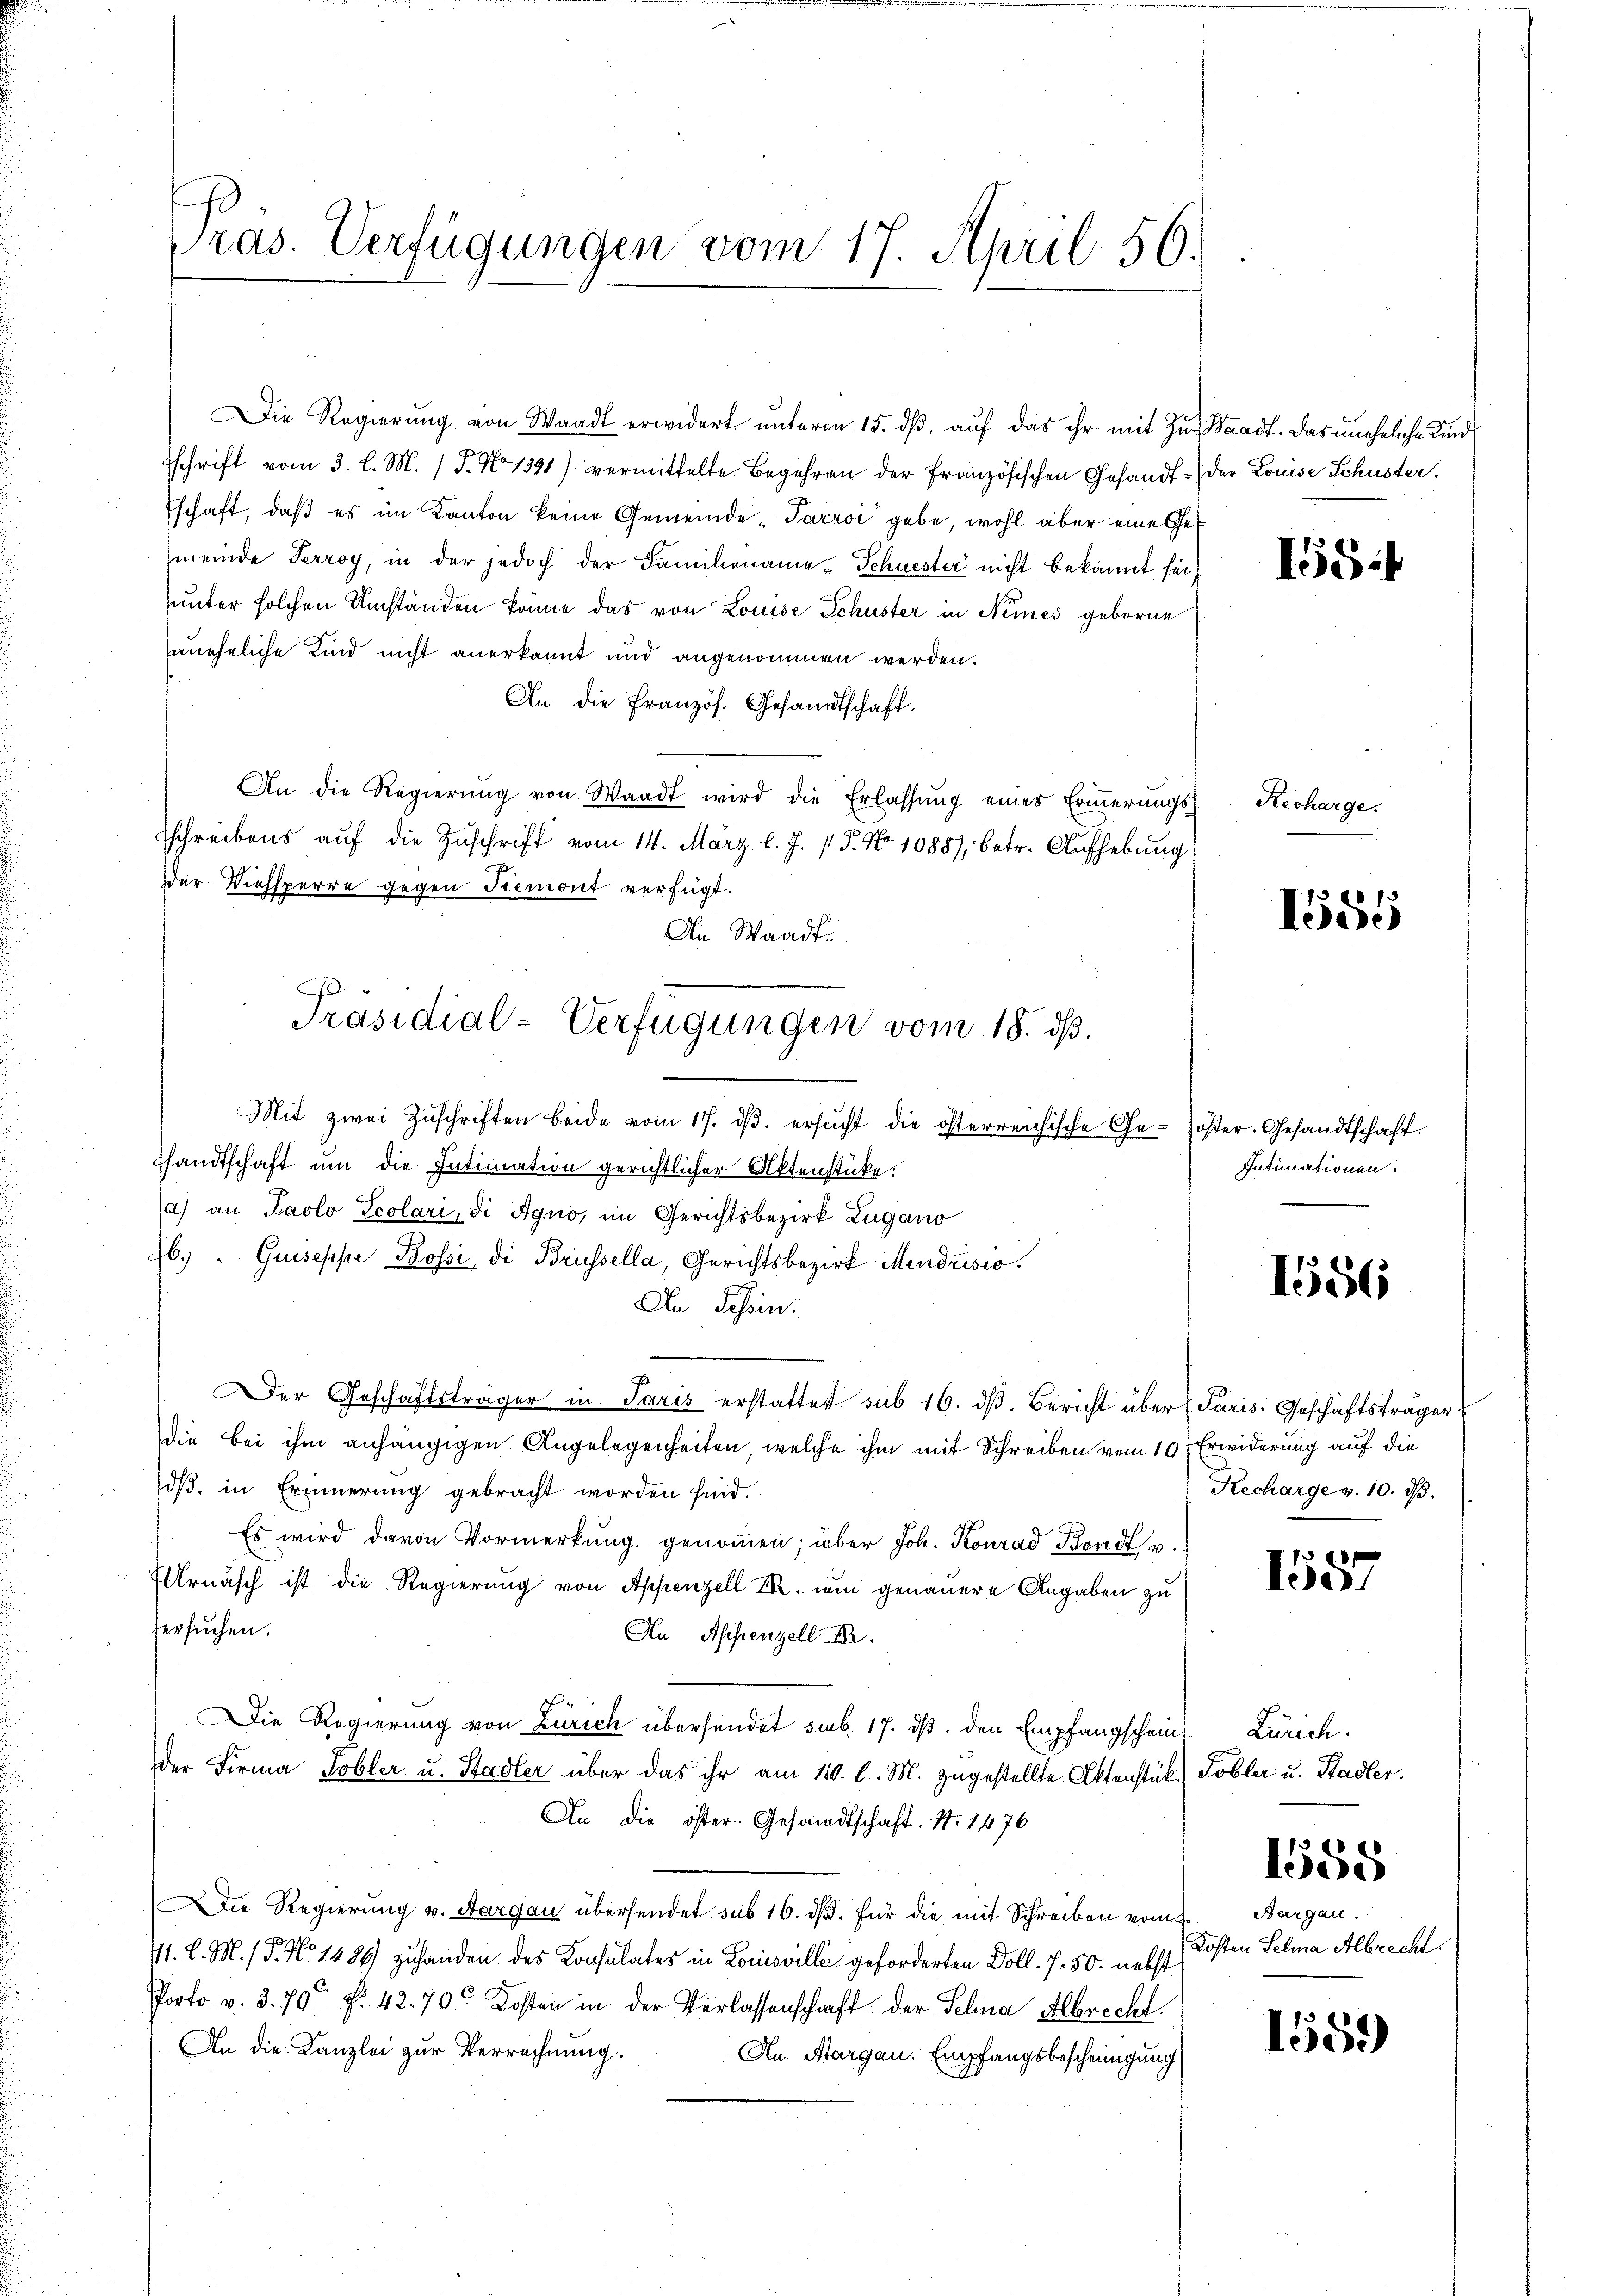
ras. Verfügungen vom 17. April 50.

Die Regierŭng von Waadt erwidert ŭnterm 15. dβ aŭf das ihr mit zŭr Waadt. Das uneheliche Kindsschrift vom 3. l. M. / 5. No 1391) vermittelte Begehren der französischen Gesandt - der Louise Schuster.
schaft, daß es im Kanton keine Gemeinde-Parroi gebe, wohl aber eine Get
meinde Terroy, in der jedoch der Familiename-Schuester nicht bekannt sei,
uunter solchen Umständen könne das von Louise Schuster in Nemes geborne
zuneheliche Kind nicht anerkannt und angenommen werden.
An die Französ. Gesandtschaft.
An die Regierŭng von Waadt wird die Erlassŭng eines Erinnerungs-
schreibens aŭf die Zŭschrift vom 14. März l. J. 17. No 1088), betr. Aŭfhebŭng
der Viehsperre gegen Piemont verfügt.
An Waadt.
Mit zwei Zŭschriften beide vom 17. dβ. ersucht die österreichische Ge- öster. Gesandtschaft.
sandtschaft um die Intimation gerichtlicher Aktenstücke.
a) an Paolo Ecolari, di Agno, im Gerichtsbezirk Lugano
6.) " Griseppe Bossi di Brüssella, Gerichtsbezirk Mendrisio
An Schein.
Der Geschäftsträger in Paris erstattet sub 16. dβ. Bericht über Paris Geschäftsträger
die bei ihm anhängigen Angelegenheiten, welche ihm mit Schreiben vom 10te Erwiderung auf die
dß in Erinnerung gebracht worden sind.
Es wird davon Vormerkung genoṁen; über Joh. Konrad Band u.
Urnasch ist die Regierung von Appenzell I. um genauere Angaben zu
ersuchen.
An Appenzell I.
ie Regierung von Zürich übersendet sub. 17. ds. den Empfangschein
der Firma Tobler u. Stadler über das ihr am 10. l. M. zugestellte Aktenstück Tobler u. Stadler.
An die öster. Gesandtschaft. N. 1476
Die Regierung v. Aargau übersendet sub 16. ds. für die mit Schreiben vom
11. l. M. / 5. No 1484) zuhanden des Konsulates in Louisville geforderten Doll. 7. 50. nebst
Porto v. 3.70 f. 42. 70. Kosten in der Verlassenschaft der Schna Albrecht
An die Kanzlei zur Verrechnung.
An Aargau. Empfangsbescheinigung

J
Präsidial-Verfügungen vom 18. dß.

xx
lede

Intimationen.

156

1587

1554

Recharge.

Kecharge v. 10. d.

Zürich.

1585

Aargau.
Kosten Selna Albrecht.

155.